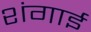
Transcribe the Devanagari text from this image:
शंगाई